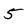
Character: 5